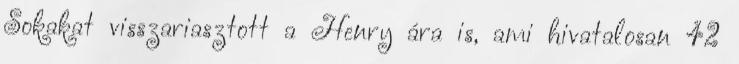
Sokakat visszariasztott a Henry ára is, ami hivatalosan 42